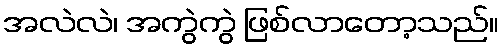
အလဲလဲ၊ အကွဲကွဲ ဖြစ်လာတော့သည်။